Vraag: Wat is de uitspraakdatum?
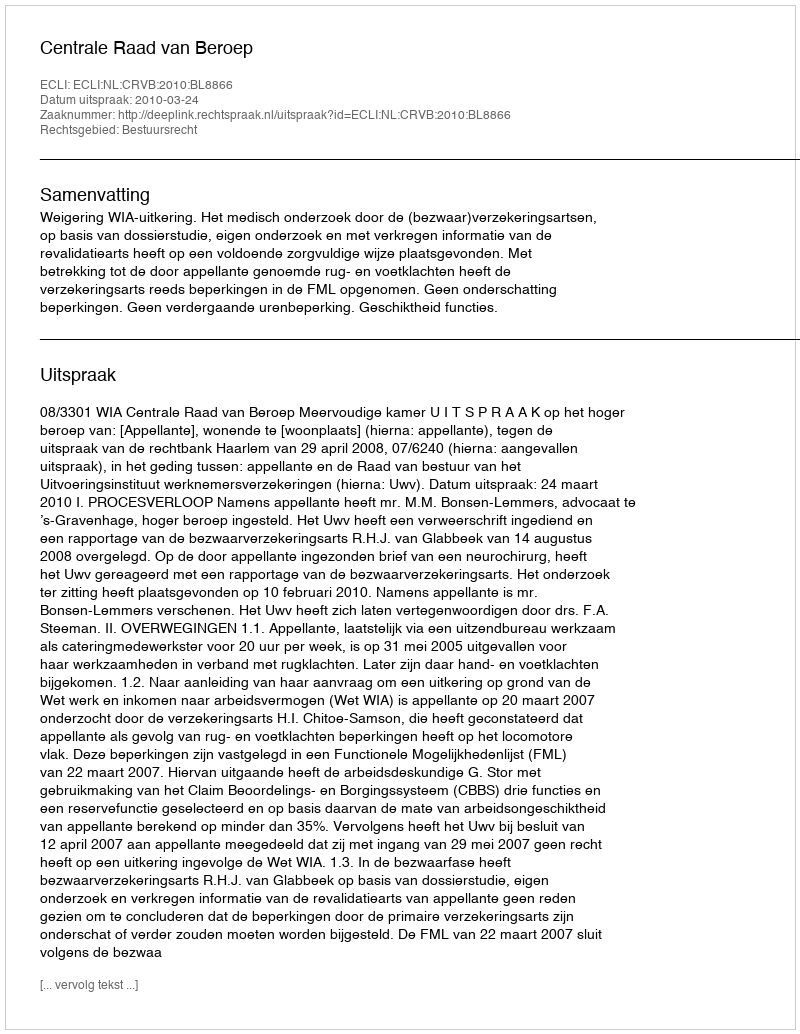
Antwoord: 2010-03-24